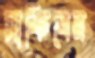
সাকিবের